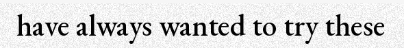
have always wanted to try these